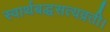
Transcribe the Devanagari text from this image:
स्वार्थबद्धसत्यव्रती।